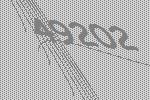
49202